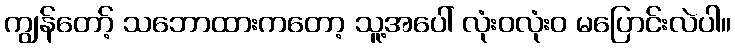
ကျွန်တော့် သဘောထားကတော့ သူ့အပေါ် လုံးဝလုံးဝ မပြောင်းလဲပါ။